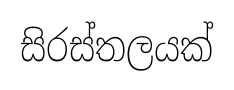
සිරස්තලයක්